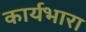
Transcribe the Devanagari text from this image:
कार्यभारा